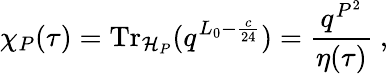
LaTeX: \chi_{P}(\tau)={\mathrm{Tr}}_{{\cal H}_{P}}(q^{L_{0}-\frac{c}{24}})=\frac{q^{P^{2}}}{\eta(\tau)}~,